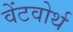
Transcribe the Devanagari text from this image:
वेंटवोर्थ